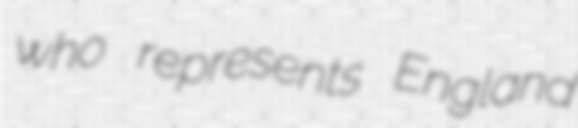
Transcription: who represents England